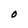
Character: O